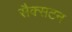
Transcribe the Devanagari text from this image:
सैक्सटन